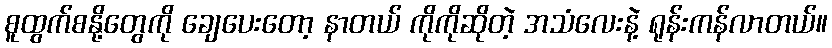
စူထွက်စနို့တွေကို ချေပေးတော့ နာတယ် ကိုကိုဆိုတဲ့ အသံလေးနဲ့ ရုန်းကန်လာတယ်။